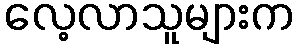
လေ့လာသူများက